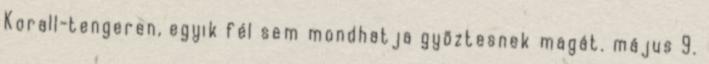
Korall-tengeren, egyik fél sem mondhatja gyõztesnek magát. május 9.